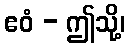
ဧဝံ - ဤသို့၊